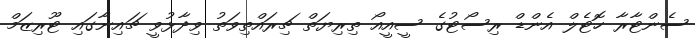
ސެންޓާރާ ހޮޓެލް އެންޑް ރިސޯޓުގެ ސީއީއޯ ތިރިޔަތް ޗިރައްތިވަތު ވިދާޅުވީ ޗައިނާގައި ޓޫރިޒަމް